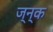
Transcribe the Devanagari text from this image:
ज्न्क